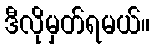
ဒီလိုမှတ်ရမယ်။